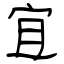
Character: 宜